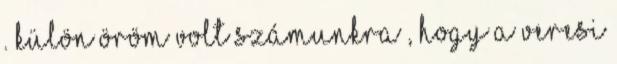
. Külön öröm volt számunkra , hogy a veresi